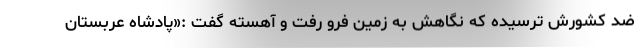
ضد کشورش ترسیده که نگاهش به زمین فرو رفت و آهسته گفت :«پادشاه عربستان